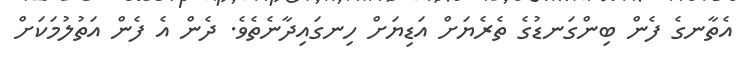
އެތާނގެ ފެން ބިންގަނޑުގެ ތެރެޔަށް އަޑިޔަށް ހިނގައިދާނެތެވެ. ދެން އެ ފެން އަތުލުމަކަށް